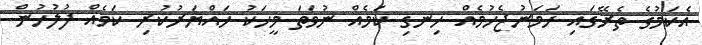
އެކަމުގެ ތެރޭގައި ހަމަނުޖެހުމެއް ހިނގި ކަމެއް ނުވަތަ މީހަކު ހައްޔަރުކުރި ކަމެއް ފުލުހުން